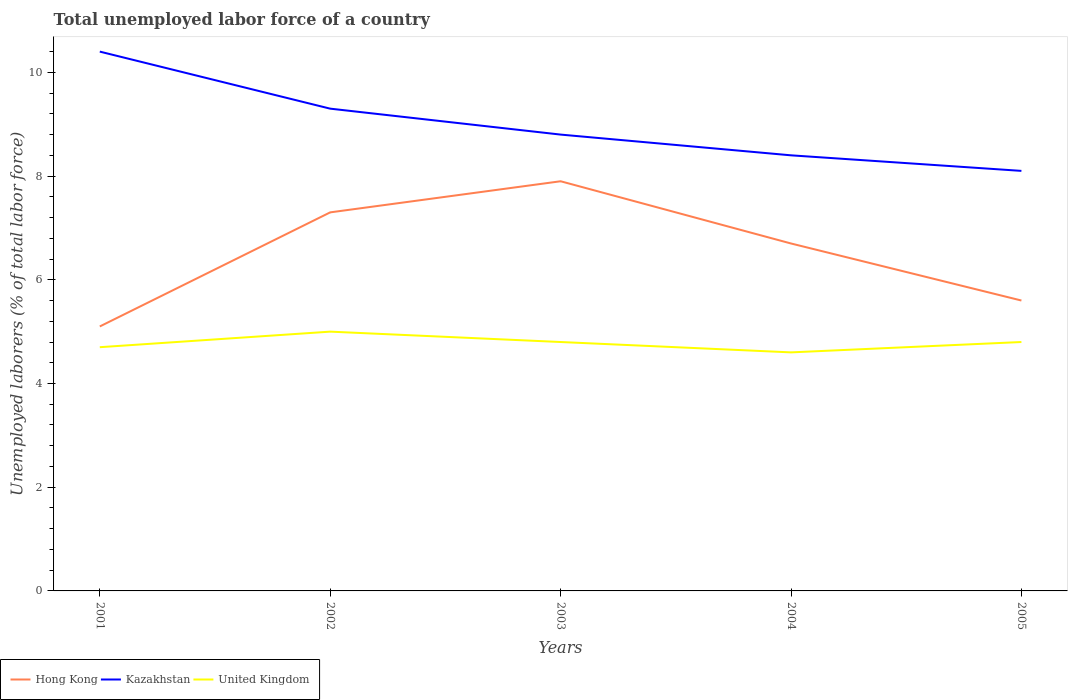
| Years | Hong Kong | Kazakhstan | United Kingdom |
 | --- | --- | --- | --- |
 | 2001 | 5.1 | 10.4 | 4.7 |
 | 2002 | 7.3 | 9.3 | 5 |
 | 2003 | 7.9 | 8.8 | 4.8 |
 | 2004 | 6.7 | 8.4 | 4.6 |
 | 2005 | 5.6 | 8.1 | 4.8 |